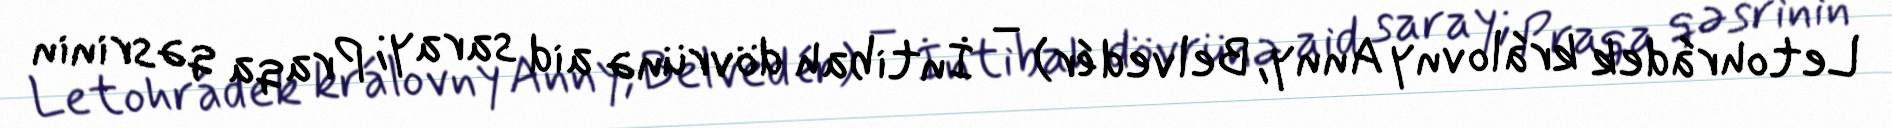
Letohrádek královny Anny, Belvedér) – İntibah dövrünə aid saray; Praqa qəsrinin